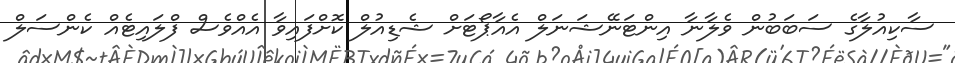
ސާކިއުލާގެ ސަބަބުން ވެލާނާ އިންޓަނޭޝަނަލް އެއާޕޯޓަށް ޝެޑިއުލް ކޮށްފައިވާ އެއްވެސް ފްލައިޓެއް ކެންސަލް